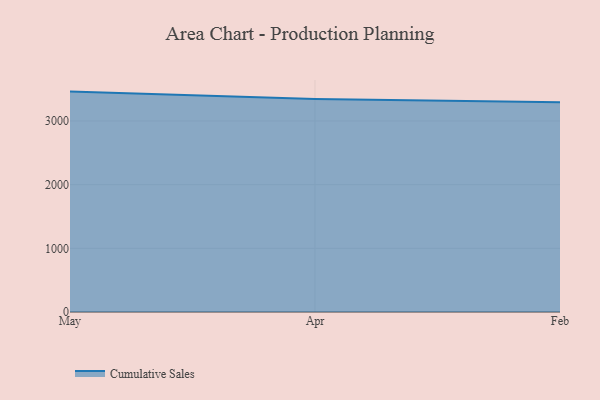
{"axis": {"x": "Month", "y": "Demand Index"}, "legend": ["Cumulative Sales"], "data": [{"x": "May", "y": 3461.5, "type": "Cumulative Sales"}, {"x": "Apr", "y": 3345.2, "type": "Cumulative Sales"}, {"x": "Feb", "y": 3292.3, "type": "Cumulative Sales"}]}